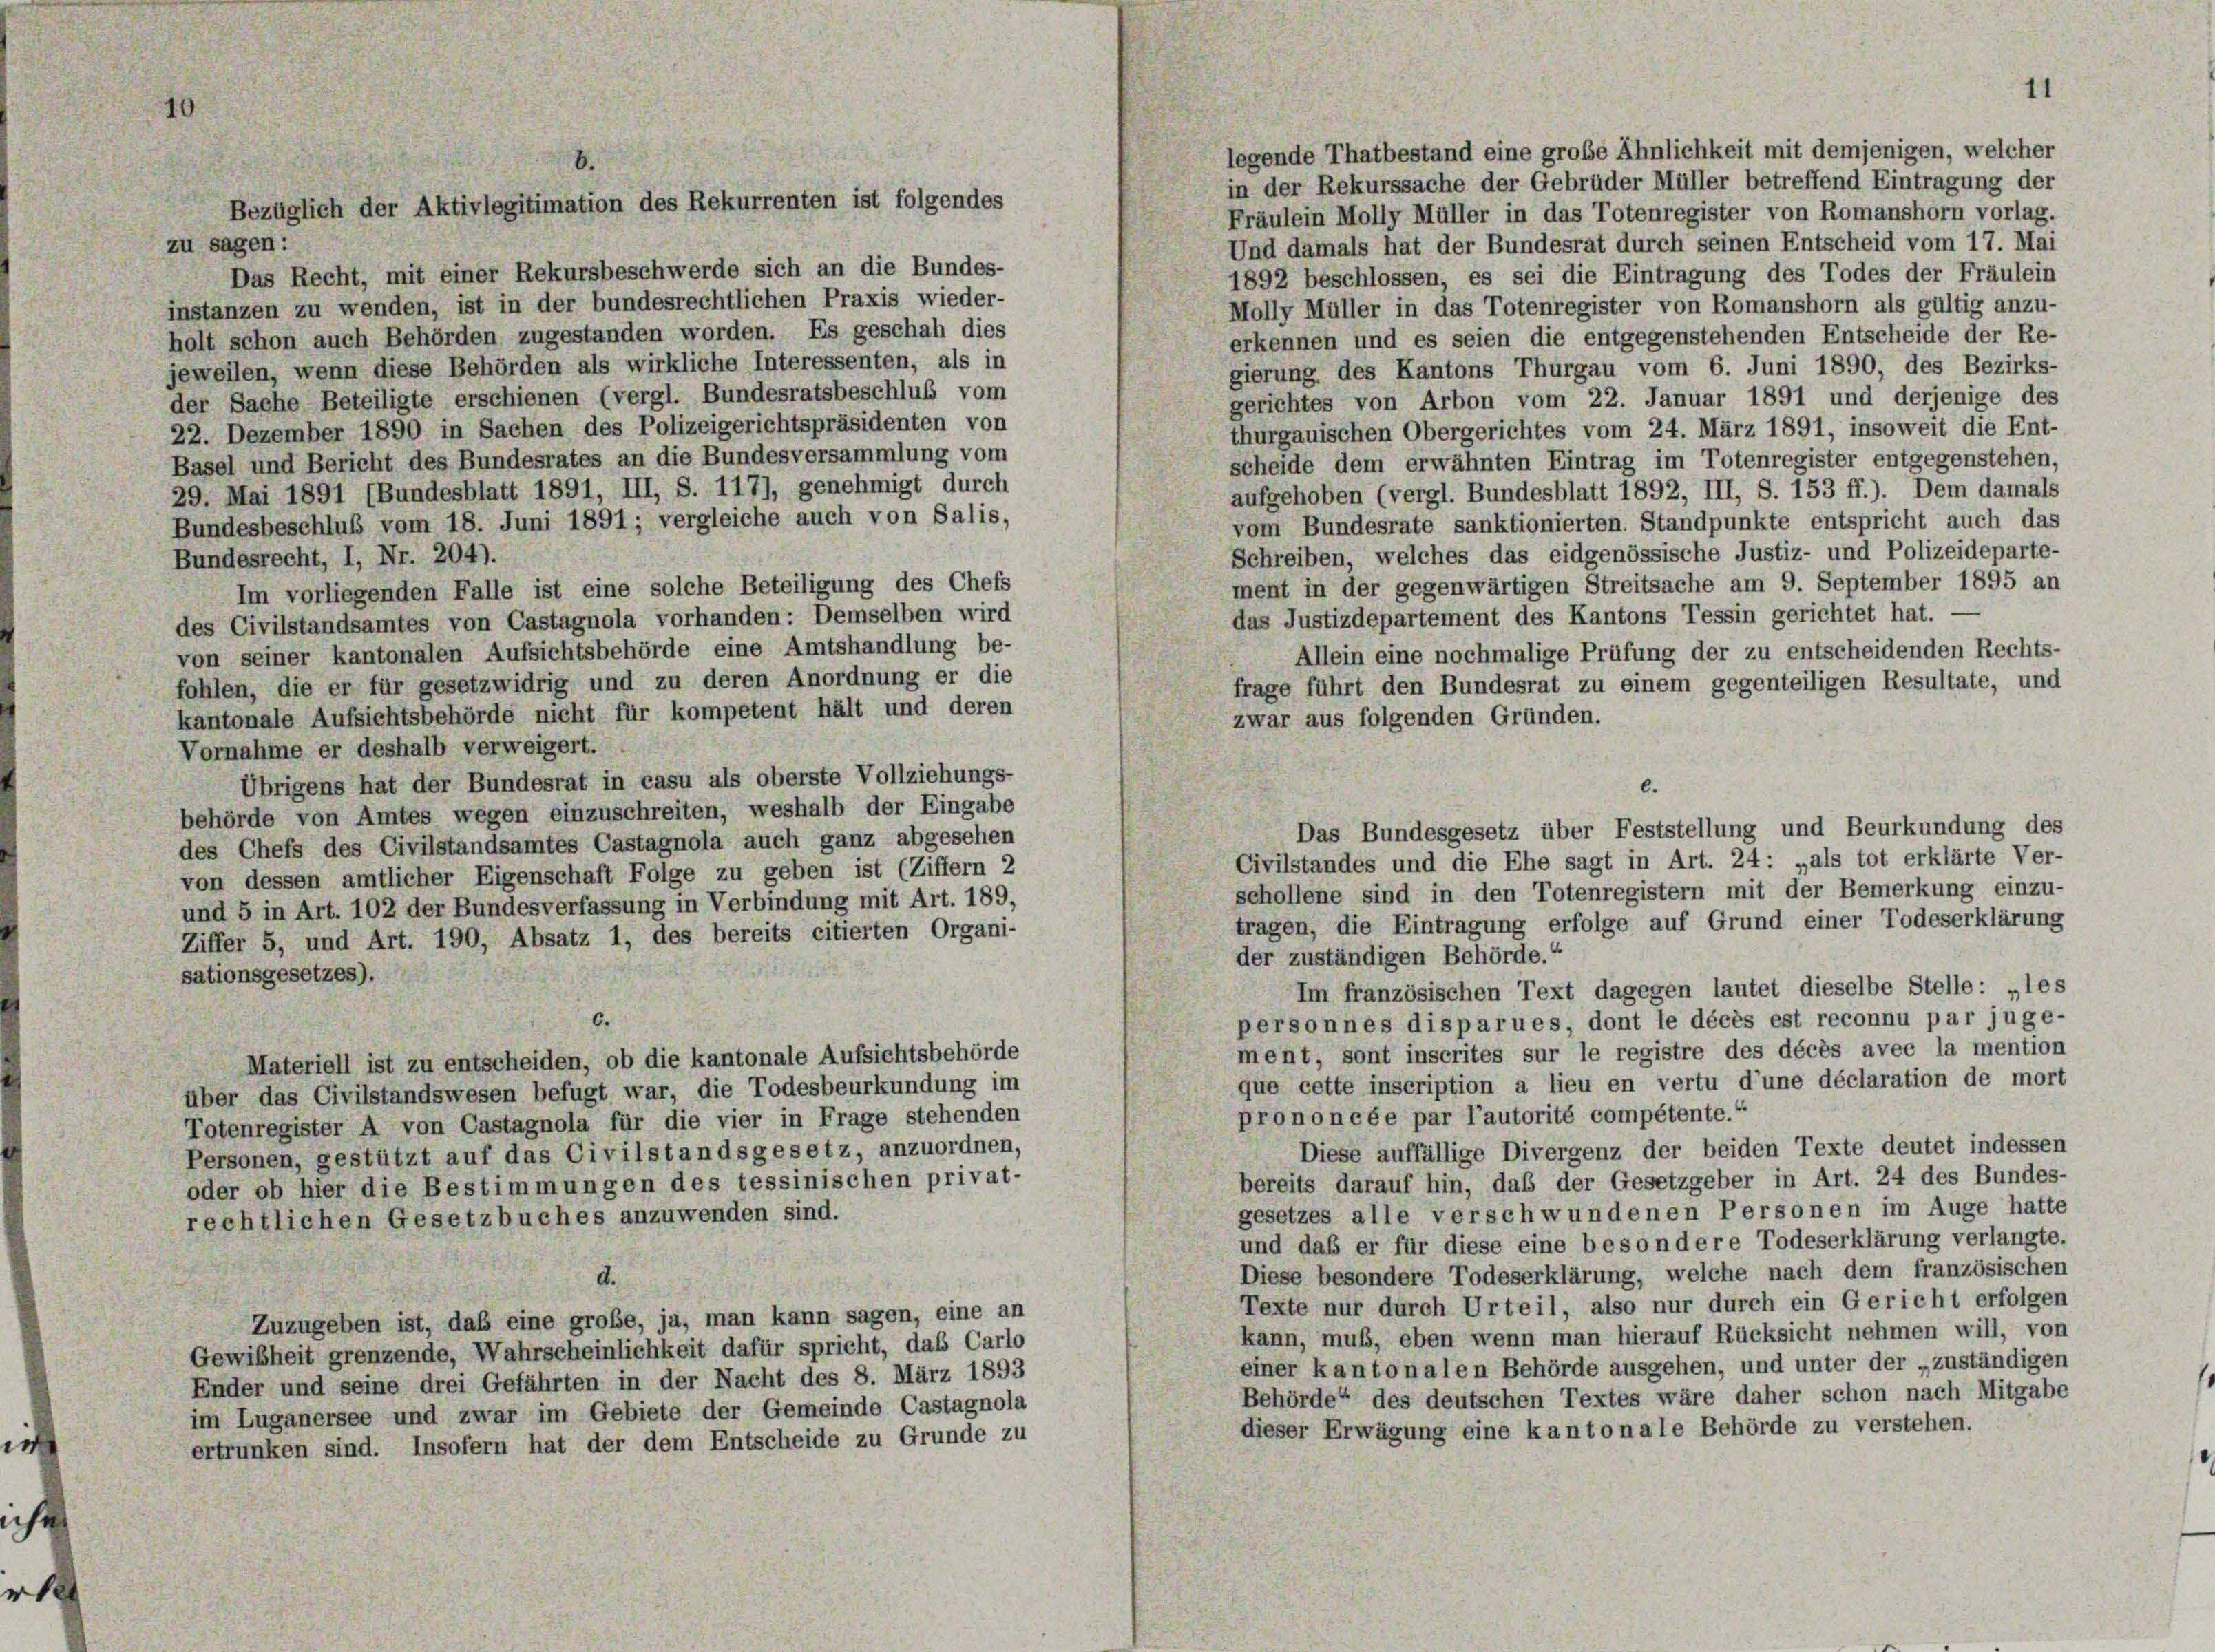
e

zu sagen:
Das Recht, mit einer Rekursbeschwerde sich an die Bundes-
1892 beschlossen, es sei die Eintragung des Todes der Fräulein
instanzen zu wenden, ist in der bundesrechtlichen Praxis wieder-
Molly Müller in das Totenregister von Romanshorn als gültig anzu-
holt schon auch Behörden zugestanden worden. Es geschah dies
erkennen und es seien die entgegenstehenden Entscheide der Re-
jeweilen, wenn diese Behörden als wirkliche Interessenten, als in
gierung des Kantons Thurgau vom 6. Juni 1890, des Bezirks-
der Sache Beteiligte erschienen (vergl. Bundesratsbeschluß vom
gerichtes von Arbon vom 22. Januar 1891 und derjenige des
22. Dezember 1890 in Sachen des Polizeigerichtspräsidenten von
thurgauischen Obergerichtes vom 24. März 1891, insoweit die Ent-
Basel und Bericht des Bundesrates an die Bundesversammlung vom
scheide dem erwähnten Eintrag im Totenregister entgegenstehen,
29. Mai 1891 (Bundesblatt 1891, III, S. 117), genehmigt durch
aufgehoben (vergl. Bundesblatt 1892, III, S. 153 ff.). Dem damals
Bundesbeschluß vom 18. Juni 1891 ; vergleiche auch von Salis,
vom Bundesrate sanktionierten. Standpunkte entspricht auch das
Schreiben, welches das eidgenössische Justiz- und Polizeideparte-
Bundesrecht, I, Nr. 204).
ment in der gegenwärtigen Streitsache am 9. September 1895 an
Im vorliegenden Falle ist eine solche Beteiligung des Chefs
das Justizdepartement des Kantons Tessin gerichtet hat. -
des Civilstandsamtes von Castagnola vorhanden: Demselben wird
von seiner kantonalen Aufsichtsbehörde eine Amtshandlung be-
Allein eine nochmalige Prüfung der zu entscheidenden Rechts-
fohlen, die er für gesetzwidrig und zu deren Anordnung er die
frage führt den Bundesrat zu einem gegenteiligen Resultate, und
kantonale Aufsichtsbehörde nicht für kompetent hält und deren
zwar aus folgenden Gründen.
Vornahme er deshalb verweigert.
Übrigens hat der Bundesrat in casu als oberste Vollziehungs-
6.
behörde von Amtes wegen einzuschreiten, weshalb der Eingabe
Das Bundesgesetz über Feststellung und Beurkundung des
des Chefs des Civilstandsamtes Castagnola auch ganz abgesehen
Civilstandes und die Ehe sagt in Art. 24: „als tot erklärte Ver-
von dessen amtlicher Eigenschaft Folge zu geben ist (Ziffern 2
schollene sind in den Totenregistern mit der Bemerkung einzu-
und 5 in Art. 102 der Bundesverfassung in Verbindung mit Art. 189,
tragen, die Eintragung erfolge auf Grund einer Todeserklärung
Ziffer 5, und Art. 190, Absatz 1, des bereits citierten Organi-
der zuständigen Behörde.“
sationsgesetzes).
Im französischen Text dagegen lautet dieselbe Stelle: „les
personnes disparues, dont le décès est reconnu par juge-
ment, sont inscrites sur le registre des décès avec la mention
Materiell ist zu entscheiden, ob die kantonale Aufsichtsbehörde
que cette inscription a lieu en vertu d’une déclaration de mort
über das Civilstandswesen befugt war, die Todesbeurkundung im
prononcée par l’autorité compétente.“
Totenregister A von Castagnola für die vier in Frage stehenden
Diese auffällige Divergenz der beiden Texte deutet indessen
Personen, gestützt auf das Civilstandsgesetz, anzuordnen,
bereits darauf hin, daß der Gesetzgeber in Art. 24 des Bundes-
oder ob hier die Bestimmungen des tessinischen privat-
gesetzes alle verschwundenen Personen im Auge hatte
rechtlichen Gesetzbuches anzuwenden sind.
und daß er für diese eine besondere Todeserklärung verlangte.
Diese besondere Todeserklärung, welche nach dem französischen
d.
Texte nur durch Urteil, also nur durch ein Gericht erfolgen
Zuzugeben ist, daß eine große, ja, man kann sagen, eine an
kann, muß, eben wenn man hierauf Rücksicht nehmen will, von
Gewißheit grenzende, Wahrscheinlichkeit dafür spricht, das Carlo
einer kantonalen Behörde ausgehen, und unter der „zuständigen
Ender und seine drei Gefährten in der Nacht des 8. März 1893
Behörde“ des deutschen Textes wäre daher schon nach Mitgabe
im Luganersee und zwar im Gebiete der Gemeinde Castagnola
dieser Erwägung eine kantonale Behörde zu verstehen.
ertrunken sind. Insofern hat der dem Entscheide zu Grunde zu

Bezüglich der Aktivlegitimation des Rekurrenten ist folgendes

11

legende Thatbestand eine große Ähnlichkeit mit demjenigen, welcher
in der Rekurssache der Gebrüder Müller betreffend Eintragung der
Fräulein Molly Müller in das Totenregister von Romanshorn vorlag.
Und damals hat der Bundesrat durch seinen Entscheid vom 17. Mai